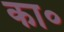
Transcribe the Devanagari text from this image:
का॰